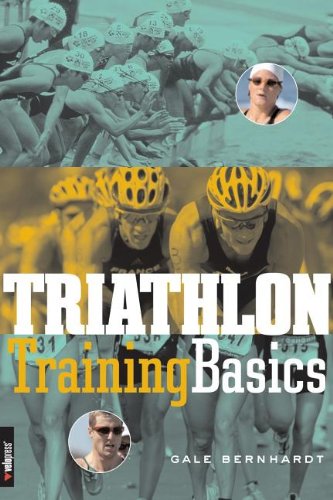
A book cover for Triathlon Training Basics; Gale Bernhardt; Health, Fitness & Dieting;